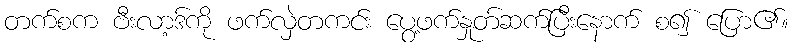
တက်စက ဗီးလာ့ဒ်ကို ဖက်လှဲတကင်း ပွေ့ဖက်နှုတ်ဆက်ပြီးနောက် စ၍ ပြော၏။